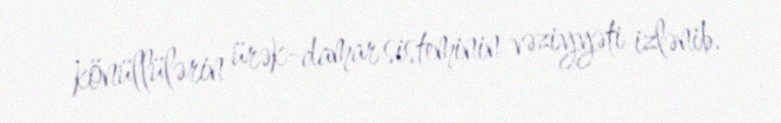
könüllülərin ürək-damar sisteminin vəziyyəti izlənib.